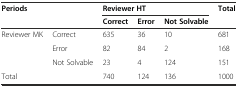
| <ROWSPAN=2-COLSPAN=2> Periods | <COLSPAN=3> Reviewer HT | <ROWSPAN=2> Total |
 | Correct | Error | Not Solvable |
 | --- | --- | --- | --- | --- | --- |
 | <ROWSPAN=3> Reviewer MK | Correct | 635 | 36 | 10 | 681 |
 | Error | 82 | 84 | 2 | 168 |
 | Not Solvable | 23 | 4 | 124 | 151 |
 | <COLSPAN=2> Total | 740 | 124 | 136 | 1000 |